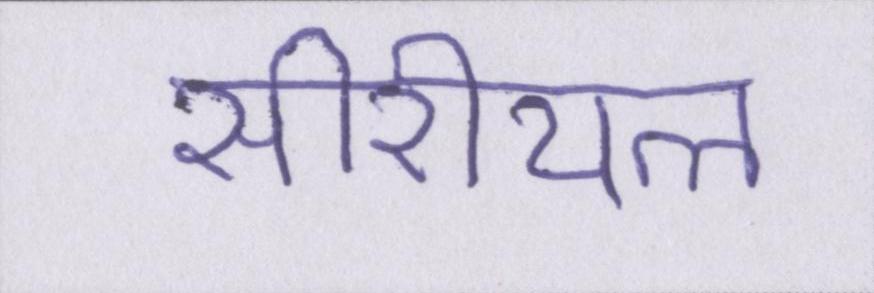
सीरीयल